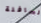
السافلة